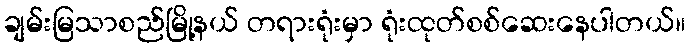
ချမ်းမြသာစည်မြို့နယ် တရားရုံးမှာ ရုံးထုတ်စစ်ဆေးနေပါတယ်။